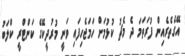
އޭގެތެރެއިން ފުރަތަމަ ދެ މެޗު ކުޅުމަށް ހަމަޖެހިފައި ވަނީ މުރުދީކޭގެ ކަންޓްރީ ކްލަބު